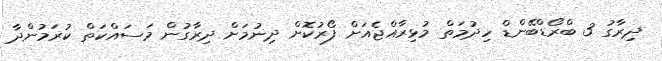
ދިރާގު 3 ބްރޯޑްބޭންޑް ހިދުމަތް މުޅިރާއްޖެއަށް ފޯރުކޮށް ދިނުމަށް ދިރާގުން މަސައްކަތް ކުރަމުންދާ